Civil Veterinary Dept. Bombay admin report 1923-31 - 1923-1931
Year: 1923
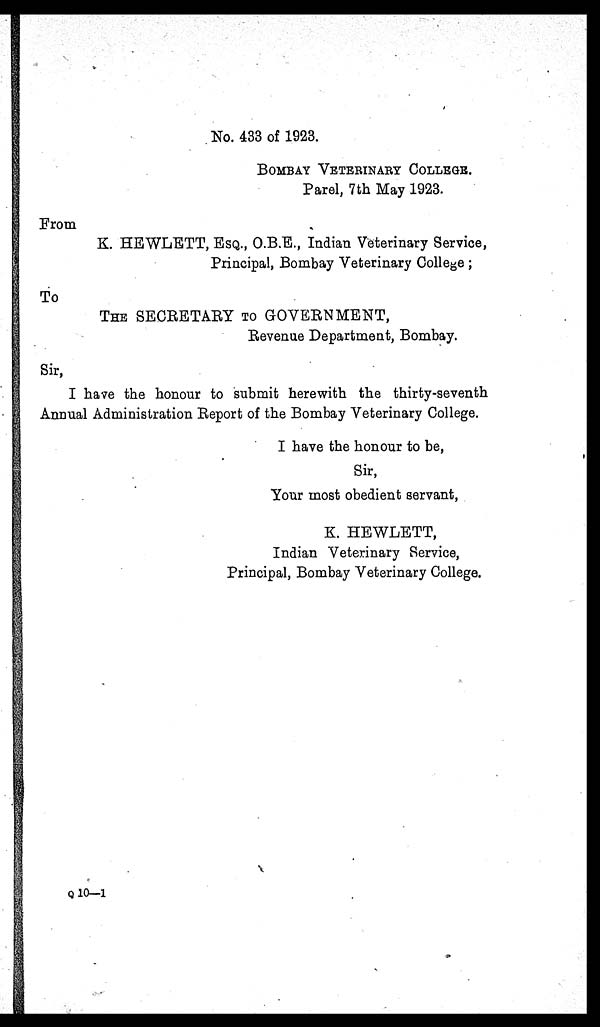
No. 433 of 1923.
BOMBAY VETERINARY COLLEGE.
Parel, 7th May 1923.
From
K. HEWLETT, ESQ., O.B.E., Indian Veterinary Service,
Principal, Bombay Veterinary College ;
To
THE SECRETARY TO GOVERNMENT,
Revenue Department, Bombay.
Sir,
I have the honour to submit herewith the thirty-seventh
Annual Administration Report of the Bombay Veterinary College.
I have the honour to be,
Sir,
Your most obedient servant,
K. HEWLETT,
Indian Veterinary Service,
Principal, Bombay Veterinary College.
Q 10—1